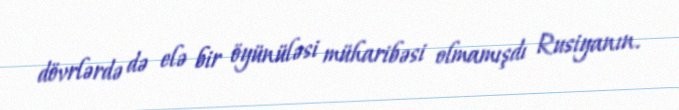
dövrlərdə də elə bir öyünüləsi müharibəsi olmamışdı Rusiyanın.